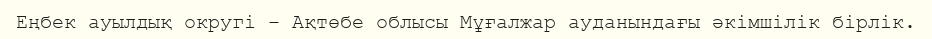
Еңбек ауылдық округі – Ақтөбе облысы Мұғалжар ауданындағы әкімшілік бірлік.